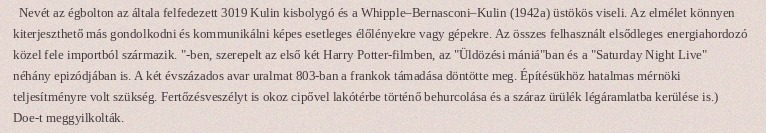
Nevét az égbolton az általa felfedezett 3019 Kulin kisbolygó és a Whipple–Bernasconi–Kulin (1942a) üstökös viseli. Az elmélet könnyen kiterjeszthető más gondolkodni és kommunikálni képes esetleges élőlényekre vagy gépekre. Az összes felhasznált elsődleges energiahordozó közel fele importból származik. "-ben, szerepelt az első két Harry Potter-filmben, az "Üldözési mániá"ban és a "Saturday Night Live" néhány epizódjában is. A két évszázados avar uralmat 803-ban a frankok támadása döntötte meg. Építésükhöz hatalmas mérnöki teljesítményre volt szükség. Fertőzésveszélyt is okoz cipővel lakótérbe történő behurcolása és a száraz ürülék légáramlatba kerülése is.) Doe-t meggyilkolták.